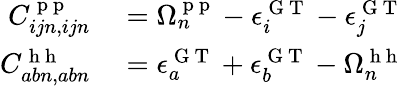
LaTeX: \begin{array}{rl}{C_{ijn,ijn}^{\mathrm{~p~p~}}}&{{}=\Omega_{n}^{\mathrm{~p~p~}}-\epsilon_{i}^{\mathrm{~G~T~}}-\epsilon_{j}^{\mathrm{~G~T~}}}\\ {C_{abn,abn}^{\mathrm{~h~h~}}}&{{}=\epsilon_{a}^{\mathrm{~G~T~}}+\epsilon_{b}^{\mathrm{~G~T~}}-\Omega_{n}^{\mathrm{~h~h~}}}\end{array}